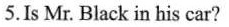
5. Is Mr. Black in his car?